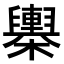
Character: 𣟰